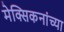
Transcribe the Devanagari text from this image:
मेक्सिकनांच्या